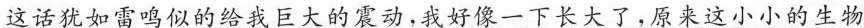
这话犹如雷鸣似的给我巨大的震动，我好像一下长大了，原来这小小的生物